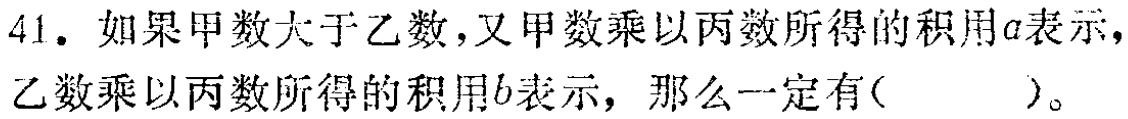
41. 如果甲数大于乙数，又甲数乘以丙数所得的积用\(a\)表示，乙数乘以丙数所得的积用\(b\)表示，那么一定有( )。